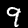
Label: 9